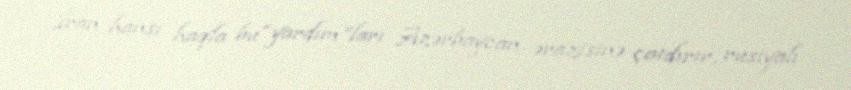
İran hansı haqla bu “yardım”ları Azərbaycan ərazisinə çatdırır, rusiyalı